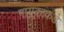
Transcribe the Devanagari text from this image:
गायकाकडे